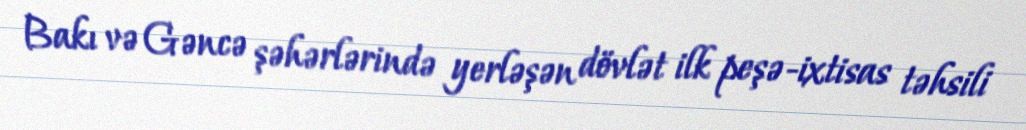
Bakı və Gəncə şəhərlərində yerləşən dövlət ilk peşə-ixtisas təhsili